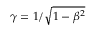
\gamma = 1 / \sqrt { 1 - \beta ^ { 2 } }